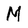
Character: M